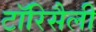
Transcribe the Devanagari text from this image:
टॉरिसैली